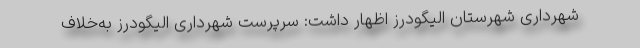
شهرداری شهرستان الیگودرز اظهار داشت: سرپرست شهرداری الیگودرز به‌خلاف